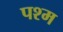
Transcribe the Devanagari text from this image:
पश्म